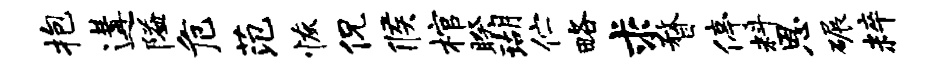
抱遘隘危范恢侃候棺睽瑚伫略求瞀停料恩碾粹